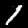
Digit: 1